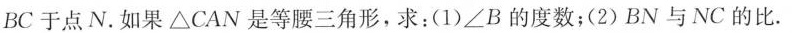
BC于点N。如果△CAN是等腰三角形，求：(1)∠B的度数；(2)BN与NC的比。